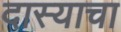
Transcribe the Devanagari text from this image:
दास्याचा